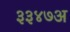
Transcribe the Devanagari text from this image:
३३४७अ